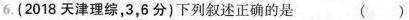
6.(2018天津理综，3，6分)下列叙述正确的是 ()